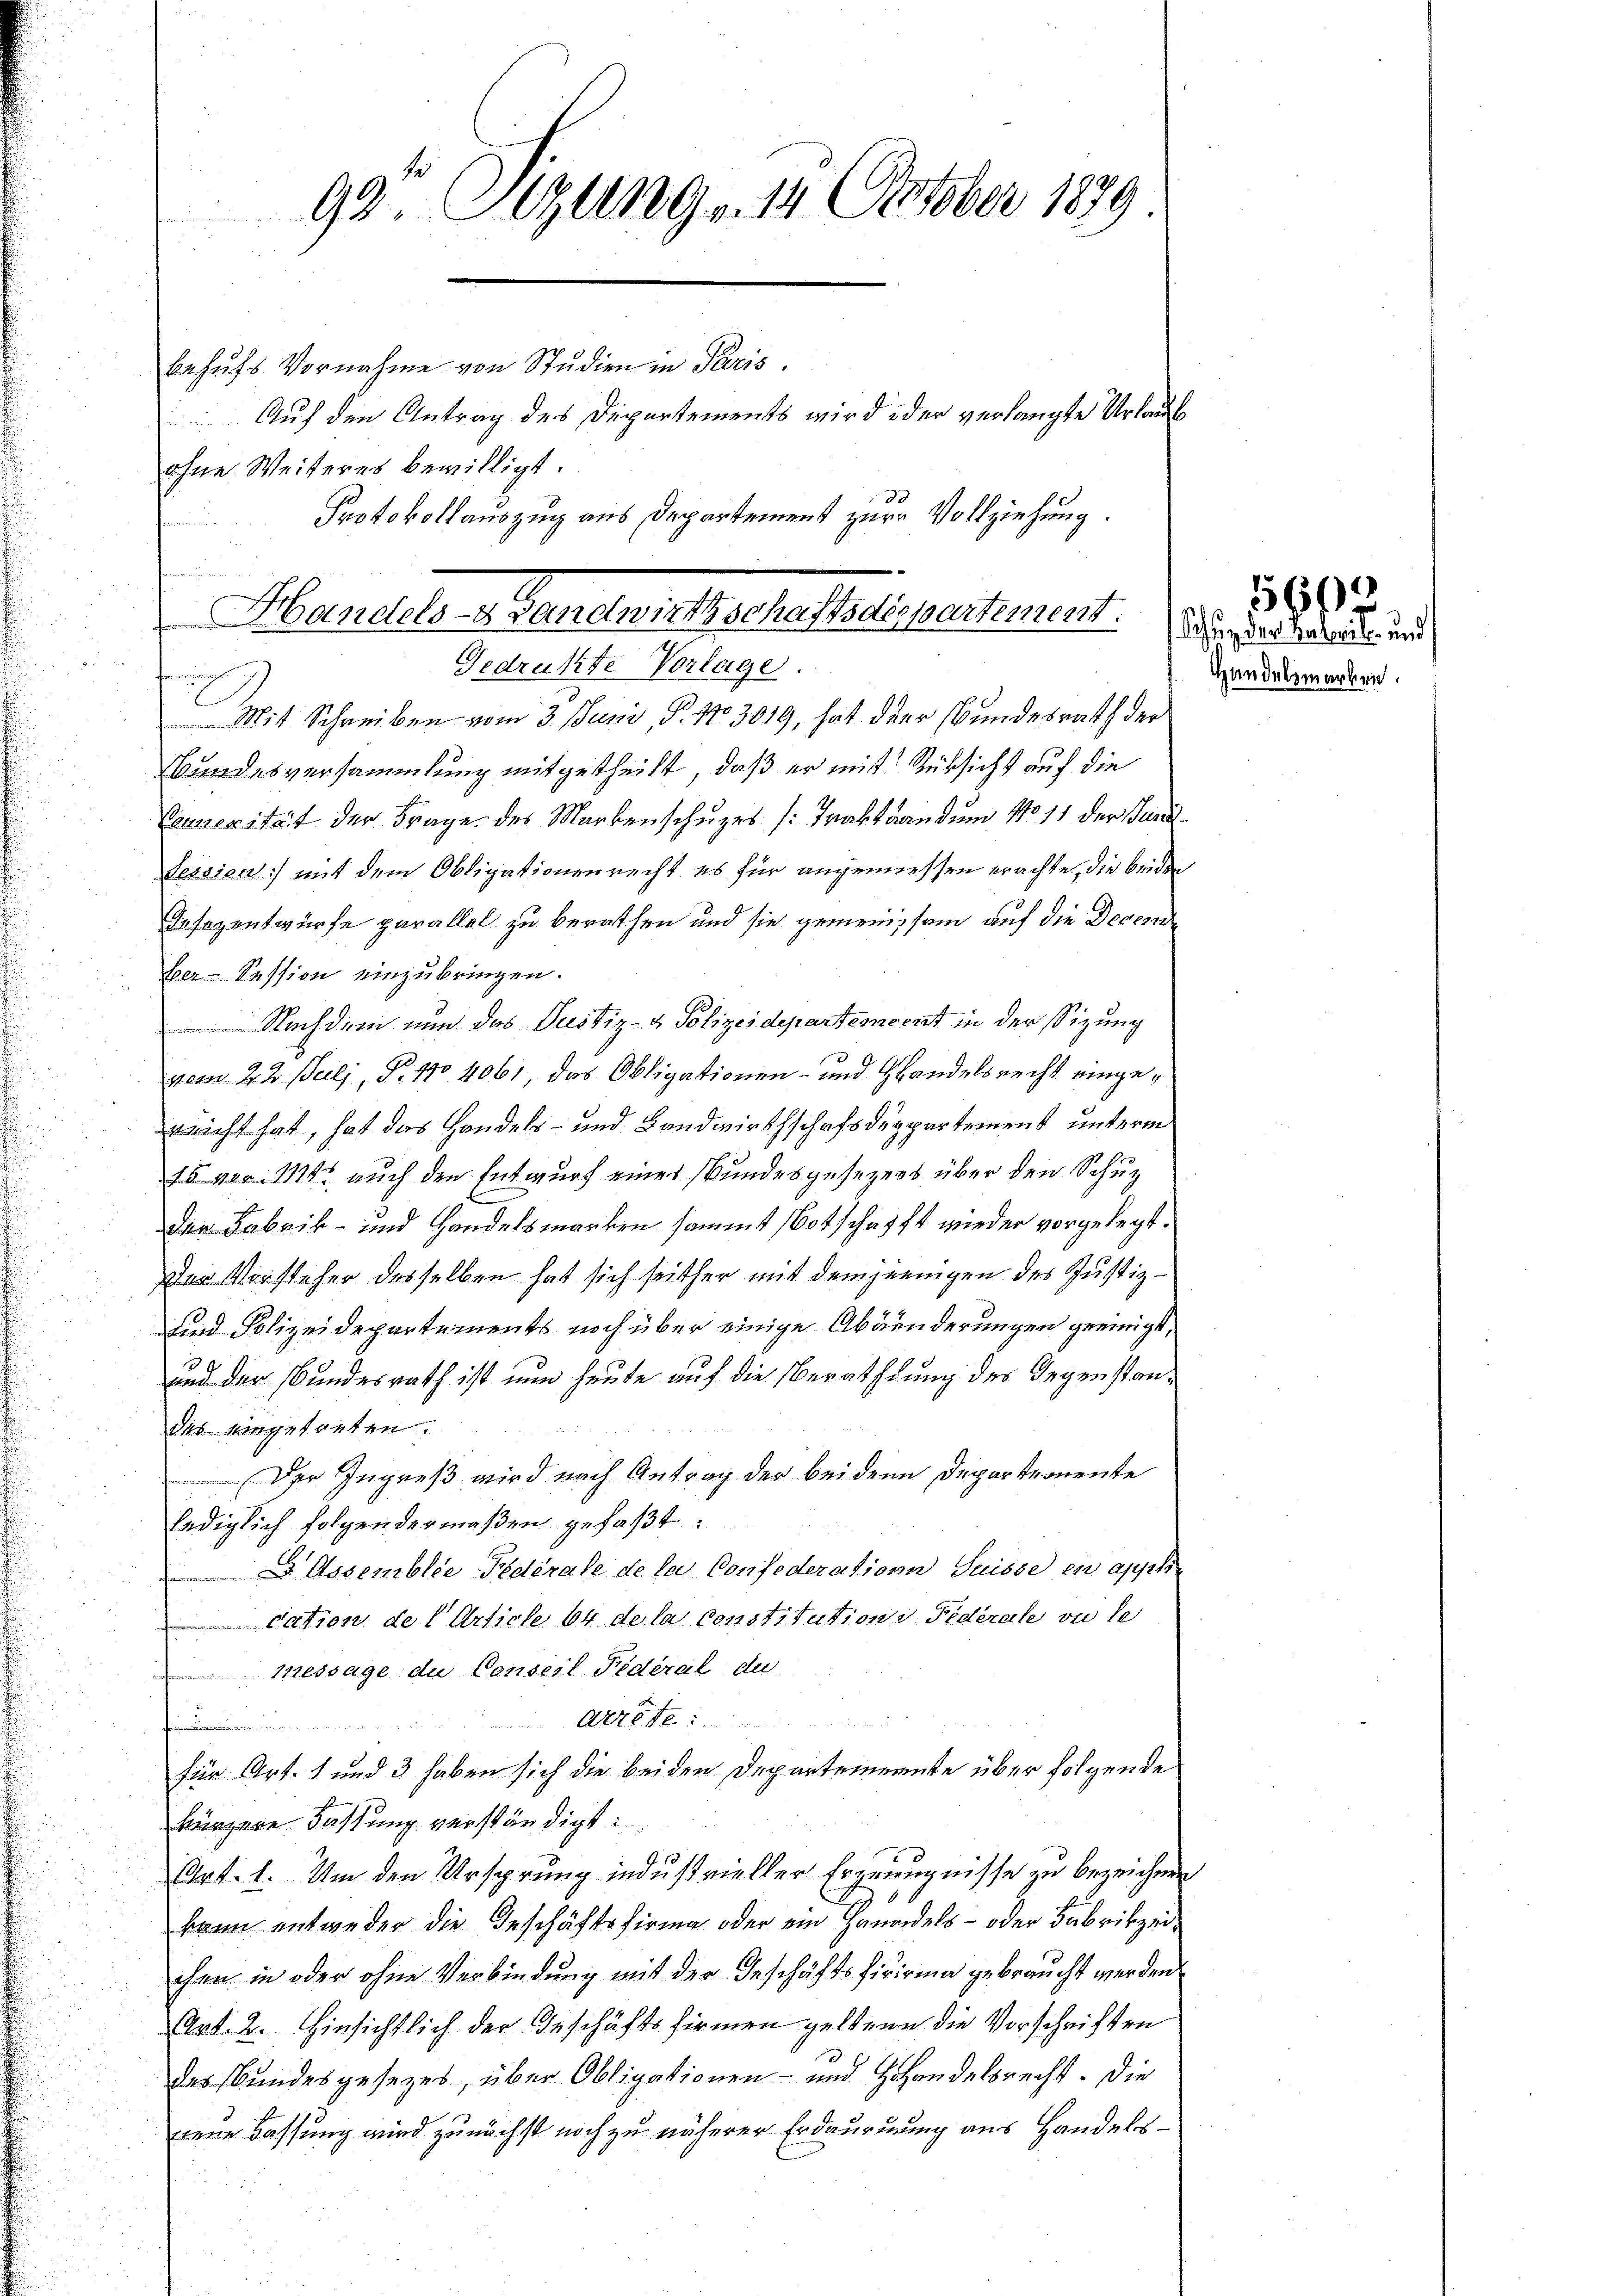
ohne Weiteres bewilligt.
Protokollauszug aus Departement zur Vollziehung.
n
Mit Schreiben vom 3. Juni, P. No 3019, hat der Bundesrath der
Bundesversammlung mitgetheilt, daß er mit Rüksicht auf die
Couverität der Frage des Markenschuzes (Traktrandum No 11 der Jurid
Session) mit dem Obligationenrecht es für angemessen erachte, die beider
Tesezentwurfe parallel zu berathen und sie gemeinsam auf die Decende
ber-Session einzubringen.
 Nachdem nun das Justiz- & Polizeidepartement in der Sizung
vom 22. Juli, P. 410 4061, das Obligationen- und Handelsrecht eingerricht hat, hat das Handels- und Landwirthschafsdippartement unterm
75 von 111 auch den Entwurf eines Bundesgesezens über den Schut
Der Fabrik- und Handelsmarken sammt (Botschaft wieder vorgelegt.
der Vorsteher desselben hat sich seither mit demjenigen des Justiz-
sind Polizeidepartements noch über einige Abänderungen geeinigt,
und der Bundesrath ist nun heute auf die Berathung des Gegenstandes eingetreten.
Der Ingreß wird nach Antrag der beiden Departemente
lediglich folgendermaßen gefaßt:
 Assemblée-Pederate de la Confederation Suisse en appl
cation de l. Article 64 de la constitution v. Federale ou le
message du Conseil Federal de
Arret
.
für Art. 1 und 3 haben sich die beiden Departemente über folgende
kürzere Fassung verständigt
Art. 1. Um den Ursprung industrieller Ergenugnisse zu bezeichne
kann entweder die Geschäftsfirma oder ein Handels- oder Fabrikzeichen in oder ohne Verbindung mit der Geschäftsfirirung gebraucht werden
Art. 2. Hinsichtlich der Geschäftsfirmen geltene die Vorschriften
des Bundesgesetzes, über Obligationen- und Handelsrecht. Die
dene Fassung wird zunächst noch zu näherer Erdaurung aus Handels¬

92t Sizung. 14. Oktober 1889
behufs Vornahme von Studien in Paris.
Auf den Antrag des Departements wird der verlangte Urlaub

n
Mandels- & Landwirthschaftete partement. Er der haben, und
Gedrukte Vorlage.
u

Handelsmarken.

5602